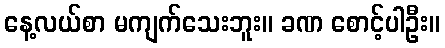
နေ့လယ်စာ မကျက်သေးဘူး။ ခဏ စောင့်ပါဦး။